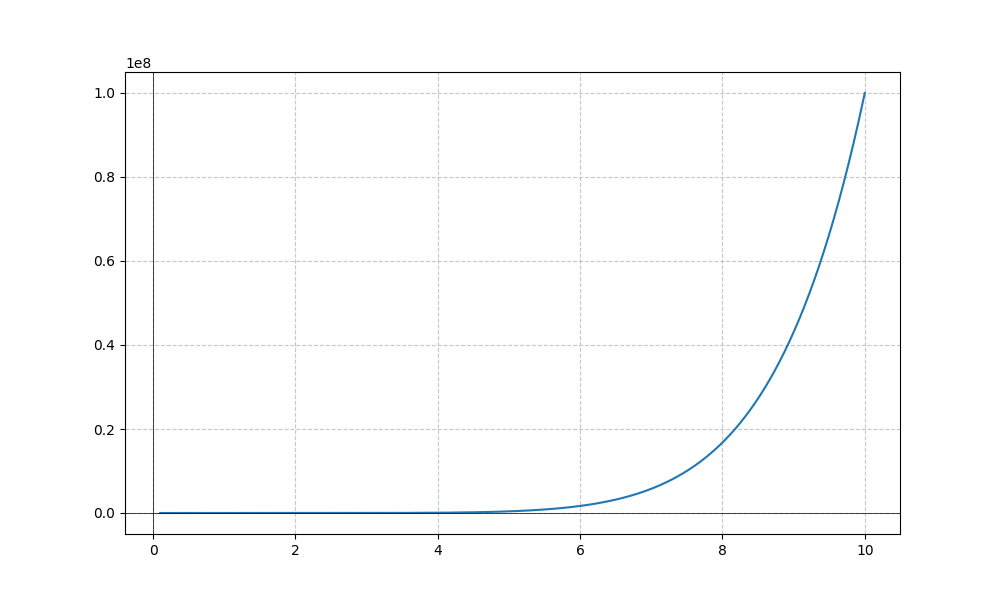
LaTeX formula: x^{8}